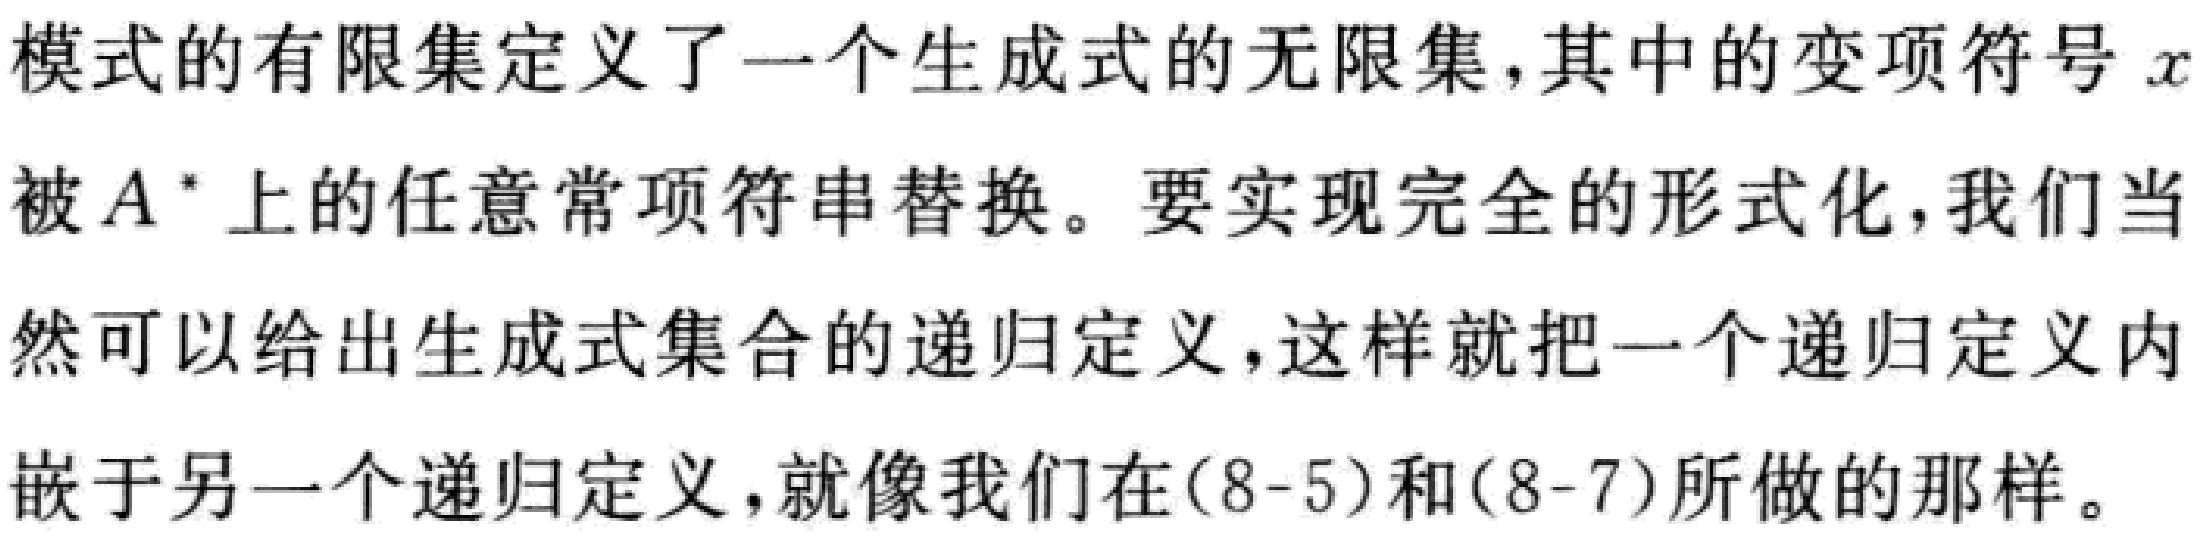
模式的有限集定义了一个生成式的无限集,其中的变项符号 \(x\)被 \(A^{*}\)上的任意常项符串替换。要实现完全的形式化,我们当然可以给出生成式集合的递归定义,这样就把一个递归定义内嵌于另一个递归定义,就像我们在(8-5)和(8-7)所做的那样。